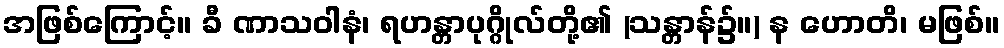
အဖြစ်ကြောင့်။ ခီ ဏာသဝါနံ၊ ရဟန္တာပုဂ္ဂိုလ်တို့၏ (သန္တာန်၌။) န ဟောတိ၊ မဖြစ်။